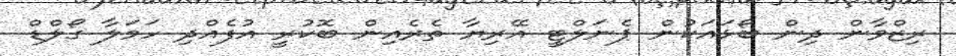
ރިޒްވާން ދިން ބޯޅައަކުން ޕެނަލްޓީ އޭރިޔާ ތެރެއިން ބޮކުރީ އުފެއްދި ހަމަލާ ގޯލްޑް